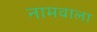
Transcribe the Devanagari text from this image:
नामवाला